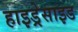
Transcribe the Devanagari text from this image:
हाइड्रेसाइड